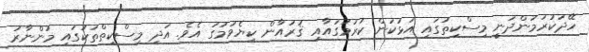
ހޭދަކުރަމުންދަނީ މިސްކިތުގައި އަޅުކަން ކުރުމުގައާއި ޤުރުއާން ކިޔެވުމުގަ އެވެ. އަދި މިސްކިތްތަކުގައި މުންނާރު